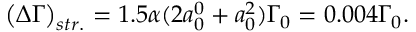
\big ( \Delta \Gamma \big ) _ { s t r . } = 1 . 5 \alpha ( 2 a _ { 0 } ^ { 0 } + a _ { 0 } ^ { 2 } ) \Gamma _ { 0 } = 0 . 0 0 4 \Gamma _ { 0 } .